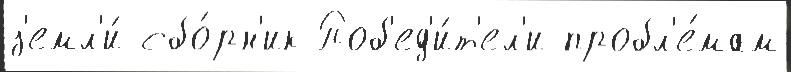
з'емл'и́ сбо́рн'ик Поб'ед'и́т'ел'и пробл'е́мам